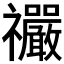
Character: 𫀤